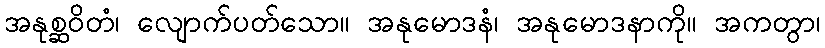
အနုစ္ဆဝိတံ၊ လျောက်ပတ်သော။ အနုမောဒနံ၊ အနုမောဒနာကို။ အကတွာ၊